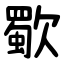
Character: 歜